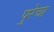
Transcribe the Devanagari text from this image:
पुरेचा